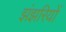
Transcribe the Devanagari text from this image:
झंझरियों